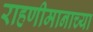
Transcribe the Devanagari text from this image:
राहणीमानाच्या